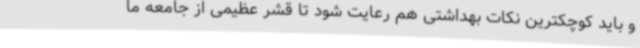
و باید کوچکترین نکات بهداشتی هم رعایت شود تا قشر عظیمی از جامعه ما